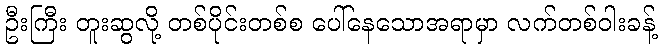
ဦးကြီး တူးဆွလို့ တစ်ပိုင်းတစ်စ ပေါ်နေသောအရာမှာ လက်တစ်ဝါးခန့်